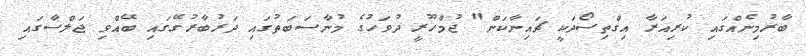
ބާރުމިނެއްގައި ކުރިއަރާ އިގްތިސޯދަކީ ޗައިނާކަން" ޖުމްހޫރީ ދުވަހުގެ މުނާސަބަތުގައި ދަރުބާރުގޭގައި ބޭއްވި ޖަލްސާގައި